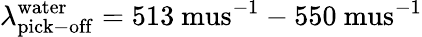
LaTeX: \lambda_{\mathrm{pick-off}}^{\mathrm{water}}=513\mathrm{\ mus}^{-1}-550\mathrm{\ mus}^{-1}